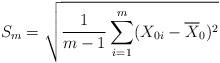
LaTeX: \begin{align*} S_m = \sqrt{ \frac{1}{m-1} \sum_{i=1}^m (X_{0i} - \overline{X}_0)^2 }\end{align*}